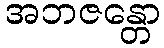
အဘဇန္တော